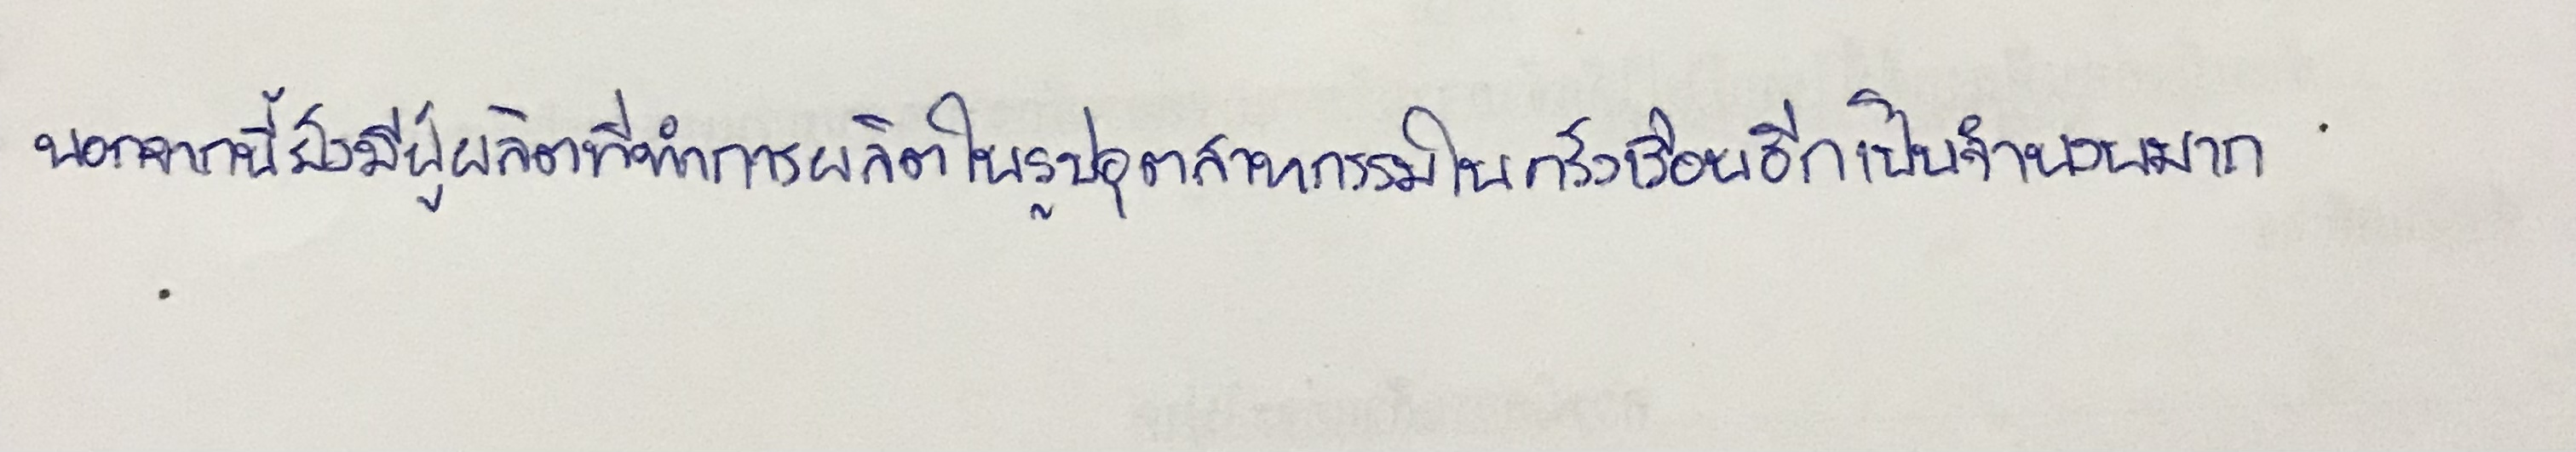
นอกจากนี้ยังมีผู้ผลิตที่ทำการผลิตในรูปอุตสาหกรรมในครัวเรือนอีกเป็นจำนวนมาก